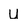
Character: U